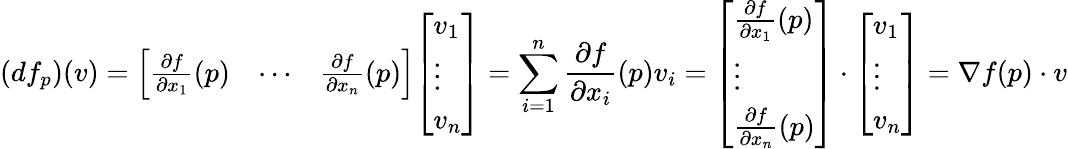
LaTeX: (df_{p})(v)={\left[\begin{array}{lll}{{\frac{\partial f}{\partial x_{1}}}(p)}&{\cdots}&{{\frac{\partial f}{\partial x_{n}}}(p)}\end{array}\right]}{\left[\begin{array}{l}{v_{1}}\\ {\vdots}\\ {v_{n}}\end{array}\right]}=\sum_{i=1}^{n}{\frac{\partial f}{\partial x_{i}}}(p)v_{i}={\left[\begin{array}{l}{{\frac{\partial f}{\partial x_{1}}}(p)}\\ {\vdots}\\ {{\frac{\partial f}{\partial x_{n}}}(p)}\end{array}\right]}\cdot{\left[\begin{array}{l}{v_{1}}\\ {\vdots}\\ {v_{n}}\end{array}\right]}=\nabla f(p)\cdot v